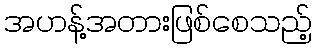
အဟန့်အတားဖြစ်စေသည့်